Civil Veterinary Dept. Assam report 1927-50 - 1927-1950
Year: 1927
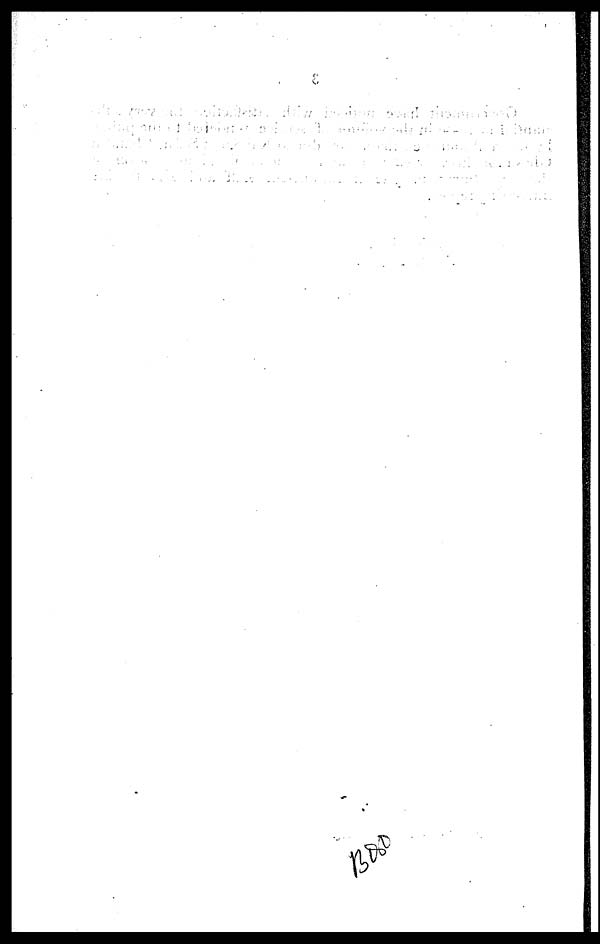
+